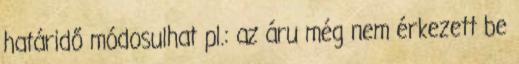
határidő módosulhat pl.: az áru még nem érkezett be